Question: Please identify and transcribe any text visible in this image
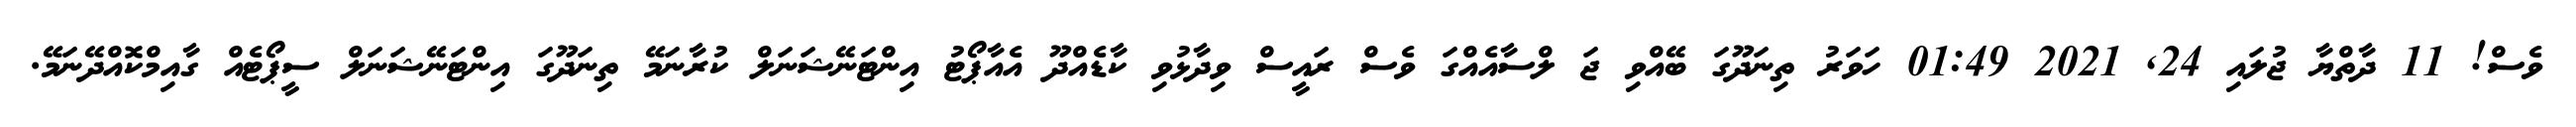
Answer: ވެސް! 11 ދާތްޔާ ޖުލައި 24, 2021 01:49 ހަވަރު ތިނަދޫގަ ބޭއްވި ޖަ ލްސާއެއްގަ ވެސް ރައީސް ވިދާޅުވި ކާޑެއްދޫ އެއާޕޯޓު އިންޓަނޭޝަނަލް ކުރާނަމޭ ތިނަދޫގަ އިންޓަނޭޝަނަލް ސީޕޯޓެއް ގާއިމްކޮއްދޭނަމޭ.